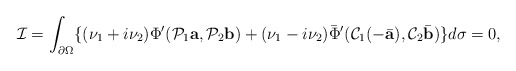
\begin{align*}\mathcal I=\int_{\partial\Omega}\{(\nu_1+i\nu_2)\Phi'(\mathcal P_1 {\mbox{\bf a}},\mathcal P_2 {\mbox{\bf b}})+(\nu_1-i\nu_2)\bar\Phi'(\mathcal C_1(-\bar{\mbox{\bf a}}),\mathcal C_2\bar{\mbox{\bf b}})\}d\sigma=0,\end{align*}